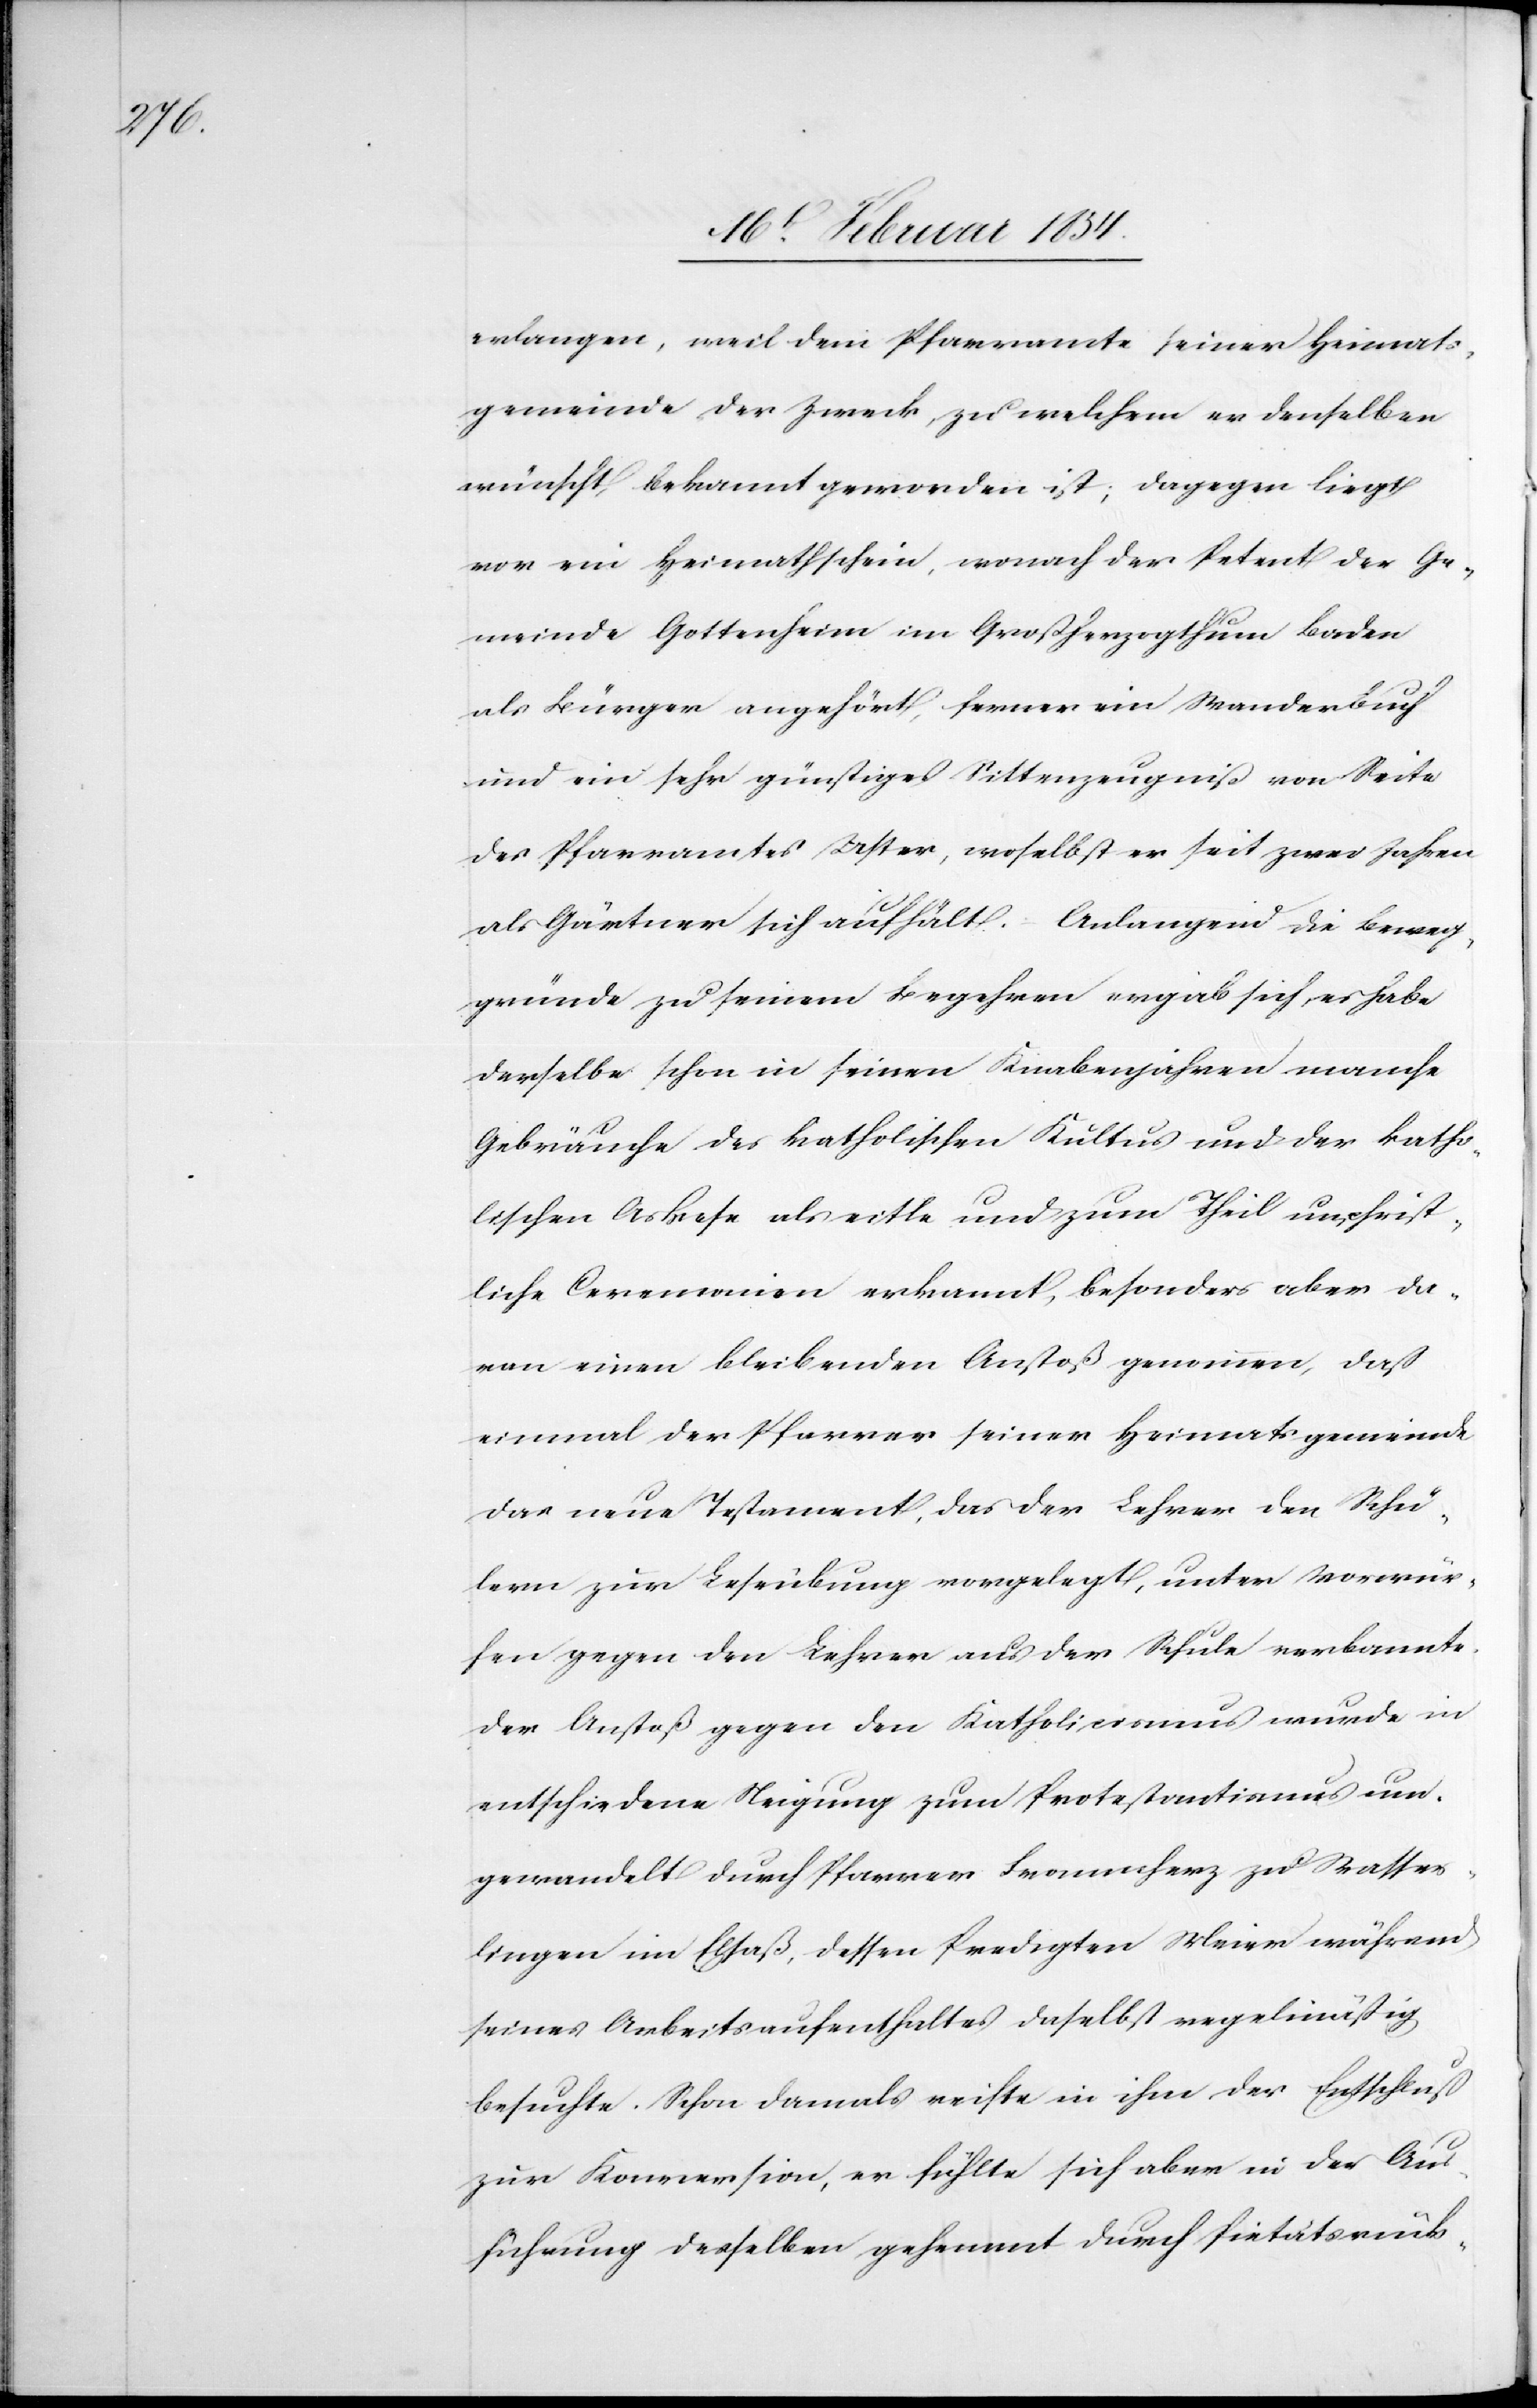
erlangen, weil dem Pfarramte seiner Heimats¬
gemeinde der Zweck zu welchem er denselben
wünscht, bekannt geworden ist; dagegen liegt
vor ein Heimathschein, wonach der Petent der Ge¬
meinde Gottenheim im Großherzogthum Baden
als Bürger angehört, ferner ein Standesbuch
und ein sehr günstiges Sittenzeugniß von Seite
des Pfarramtes Uster, woselbst er seit zwei Jahren
als Gärtner sich aufhält. – Anlangend die Beweg¬
gründe zu seinem Begehren ergab sich, es habe
derselbe schon in seinen Knabenjahren manche
Gebräuche des katholischen Kultus und der katho¬
lischen Askese als eitle und zum Theil unchrist¬
liche Ceremonien erkannt, besonders aber da¬
ran einen bleibenden Anstoß genommen, daß
einmal der Pfarrer seiner Heimatsgemeinde
das neue Testament, das der Lehrer den Schü¬
lern zur Leseübung vorgelegt, unter Vorwür¬
fen gegen den Lehrer aus der Schule verbannte.
Der Anstoß gegen den Katholicismus wurde in
entschiedene Neigung zum Prostantismus um¬
gewandelt durch Pfarrer Frommherz zu Wasser¬
ling im Elsaß, dessen Predigten Meier während
seines Arbeitsaufenthaltes daselbst regelmäßig
besuchte. Schon damals reifte in ihm der Entschluß
zur Konversion, er fühlte sich aber in der Aus¬
führung derselben gehemmt durch Pietätsrück-